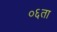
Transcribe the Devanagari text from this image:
०६ता